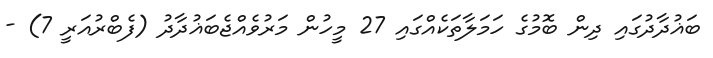
ބަޣުދާދުގައި ދިން ބޮމުގެ ހަމަލާތަކެއްގައި 27 މީހުން މަރުވެއްޖެބަޣުދާދު (ފެބްރުއަރީ 7) -